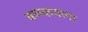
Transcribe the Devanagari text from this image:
बळकवला